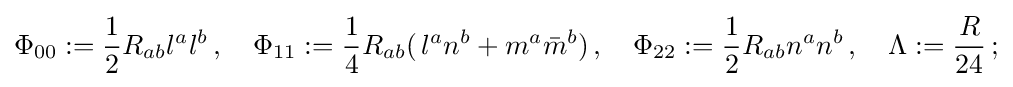
\Phi _{00}:={\frac {1}{2}}R_{ab}l^{a}l^{b}\,,\quad \Phi _{11}:={\frac {1}{4}}R_{ab}(\,l^{a}n^{b}+m^{a}{\bar {m}}^{b})\,,\quad \Phi _{22}:={\frac {1}{2}}R_{ab}n^{a}n^{b}\,,\quad \Lambda :={\frac {R}{24}}\,;